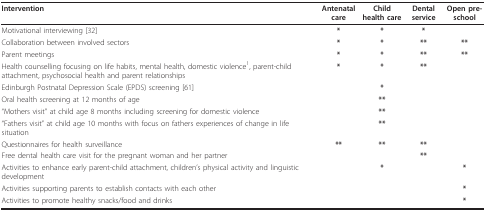
<table><thead><tr><td><b>Intervention</b></td><td><b>Antenatal care</b></td><td><b>Child health care</b></td><td><b>Dental service</b></td><td><b>Open pre-school</b></td></tr></thead><tbody><tr><td>Motivational interviewing [32]</td><td><b>*</b></td><td><b>*</b></td><td><b>*</b></td><td></td></tr><tr><td>Collaboration between involved sectors</td><td><b>*</b></td><td><b>*</b></td><td><b>**</b></td><td><b>**</b></td></tr><tr><td>Parent meetings</td><td><b>*</b></td><td><b>*</b></td><td><b>**</b></td><td><b>**</b></td></tr><tr><td>Health counselling focusing on life habits, mental health, domestic violence<sup>1</sup>, parent-child attachment, psychosocial health and parent relationships</td><td><b>*</b></td><td><b>*</b></td><td><b>**</b></td><td></td></tr><tr><td>Edinburgh Postnatal Depression Scale (EPDS) screening [61]</td><td></td><td><b>*</b></td><td></td><td></td></tr><tr><td>Oral health screening at 12 months of age</td><td></td><td><b>**</b></td><td></td><td></td></tr><tr><td>&quot;Mothers visit&quot; at child age 8 months including screening for domestic violence</td><td></td><td><b>**</b></td><td></td><td></td></tr><tr><td>&quot;Fathers visit&quot; at child age 10 months with focus on fathers experiences of change in life situation</td><td></td><td><b>**</b></td><td></td><td></td></tr><tr><td>Questionnaires for health surveillance</td><td><b>**</b></td><td><b>**</b></td><td><b>**</b></td><td></td></tr><tr><td>Free dental health care visit for the pregnant woman and her partner</td><td></td><td></td><td><b>**</b></td><td></td></tr><tr><td>Activities to enhance early parent-child attachment, children&#x27;s physical activity and linguistic development</td><td></td><td><b>*</b></td><td></td><td><b>*</b></td></tr><tr><td>Activities supporting parents to establish contacts with each other</td><td></td><td></td><td></td><td><b>*</b></td></tr><tr><td>Activities to promote healthy snacks/food and drinks</td><td></td><td></td><td></td><td><b>*</b></td></tr></tbody></table>